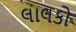
લાલકો